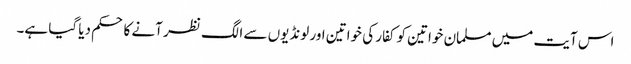
اس آیت میں مسلمان خواتین کو کفار کی خواتین اور لونڈیوں سے الگ نظر آنے کا حکم دیا گیا ہے۔